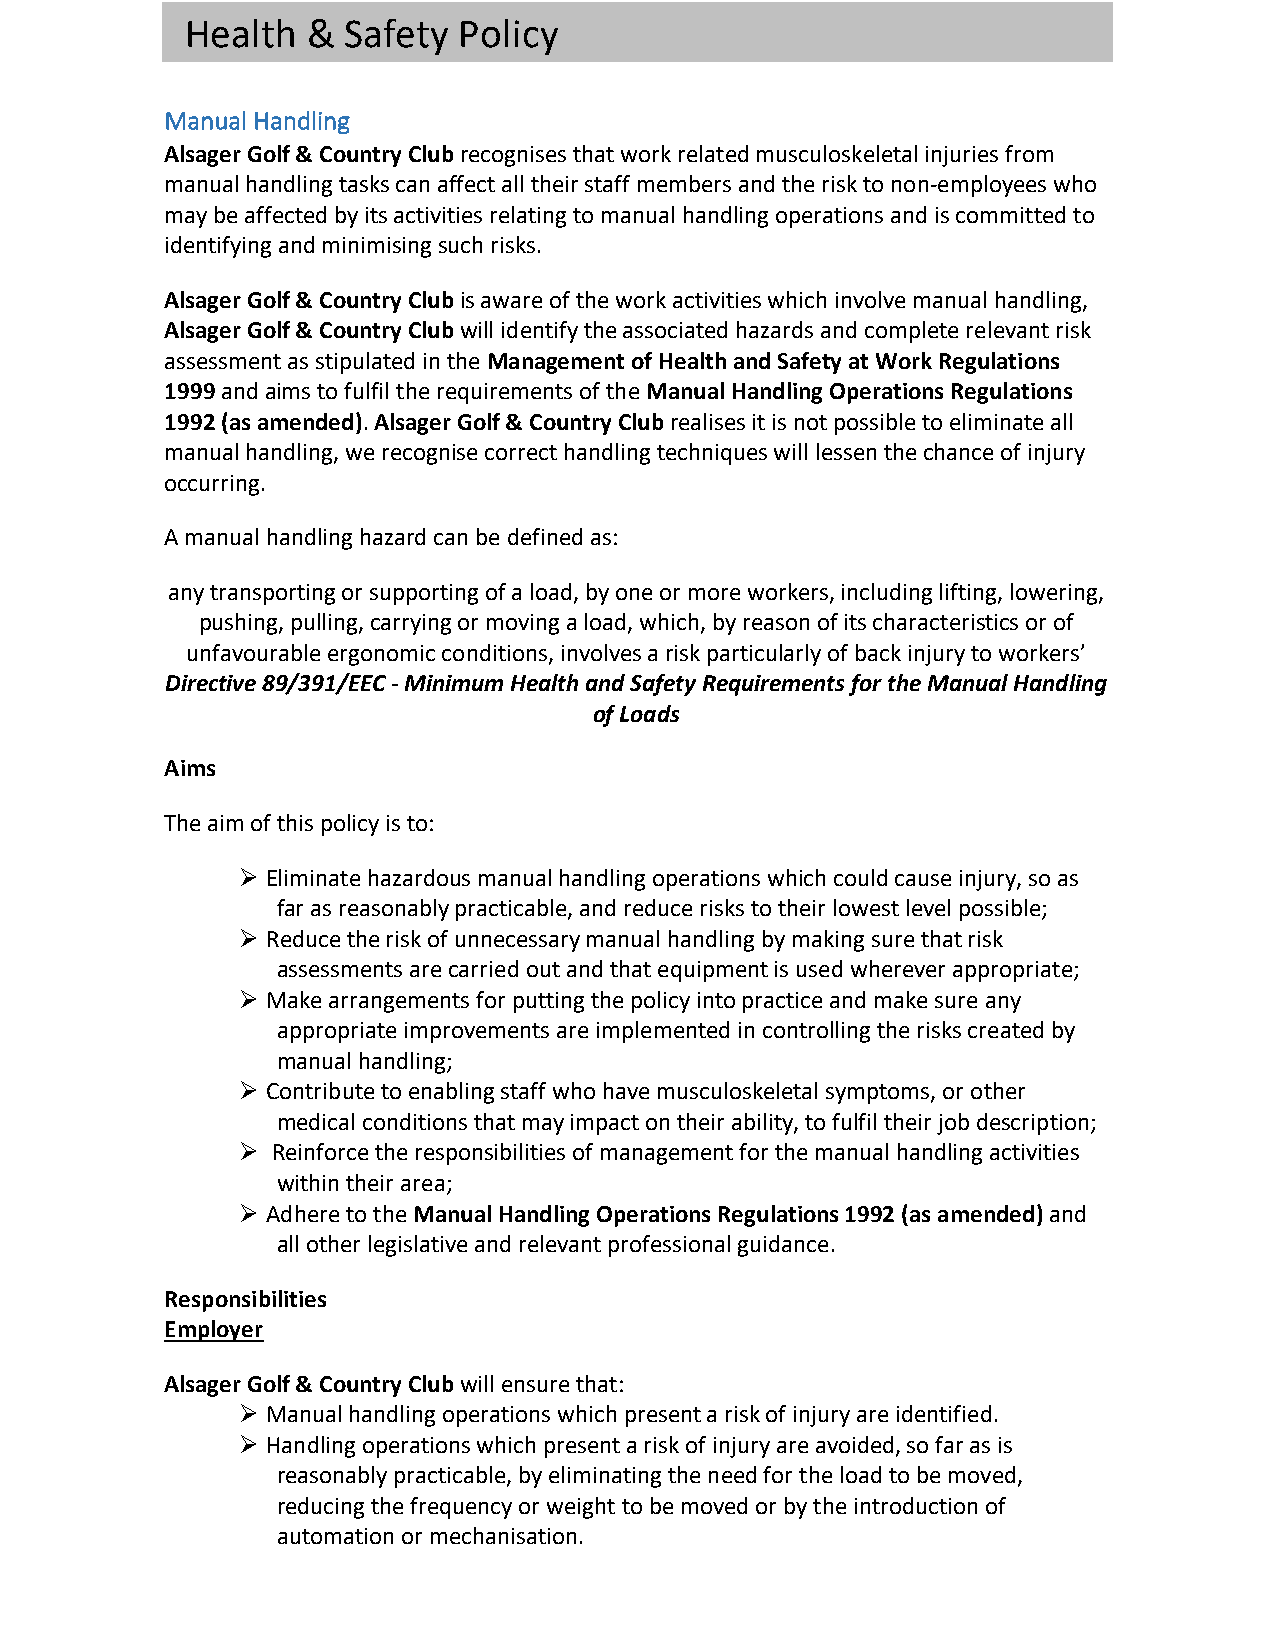
Health  &  Safety Policy
 Manual Handling
 Alsager Golf & Country Club recognises that work related musculoskeletal injuries from
 manual handling tasks can affect all their staff members and the risk to non-employees who
 may be affected by its activities relating to manual handling operations and is committed to
 identifying and minimising such risks.
 Alsager Golf & Country Club is aware of the work activities which involve manual handling,
 Alsager Golf & Country Club will identify the associated hazards and complete relevant risk
 assessment as stipulated in the Management of Health and Safety at Work Regulations
 1999 and aims to fulfil the requirements of the Manual Handling Operations Regulations
 1992 (as amended). Alsager Golf & Country Club realises it is not possible to eliminate all
 manual handling, we recognise correct handling techniques will lessen the chance of injury
 occurring.
 A manual handling hazard can be defined as:
 any transporting or supporting of a load, by one or more workers, including lifting, lowering,
 pushing, pulling, carrying or moving a load, which, by reason of its characteristics or of
 unfavourable ergonomic conditions, involves a risk particularly of back injury to workers’
 Directive 89/391/EEC - Minimum Health and Safety Requirements for the Manual Handling
 of Loads
 Aims
 The aim of this policy is to:
 Ø Eliminate hazardous manual handling operations which could cause injury, so as
 far as reasonably practicable, and reduce risks to their lowest level possible;
 Ø Reduce the risk of unnecessary manual handling by making sure that risk
 assessments are carried out and that equipment is used wherever appropriate;
 Ø Make arrangements for putting the policy into practice and make sure any
 appropriate improvements are implemented in controlling the risks created by
 manual handling;
 Ø Contribute to enabling staff who have musculoskeletal symptoms, or other
 medical conditions that may impact on their ability, to fulfil their job description;
 Ø Reinforce the responsibilities of management for the manual handling activities
 within their area;
 Ø Adhere to the Manual Handling Operations Regulations 1992 (as amended) and
 all other legislative and relevant professional guidance.
 Responsibilities
 Employer
 Alsager Golf & Country Club will ensure that:
 Ø Manual handling operations which present a risk of injury are identified.
 Ø Handling operations which present a risk of injury are avoided, so far as is
 reasonably practicable, by eliminating the need for the load to be moved,
 reducing the frequency or weight to be moved or by the introduction of
 automation or mechanisation.